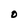
Character: O